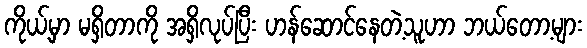
ကိုယ့်မှာ မရှိတာကို အရှိလုပ်ပြီး ဟန်ဆောင်နေတဲ့သူဟာ ဘယ်တော့များ